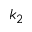
k _ { 2 }